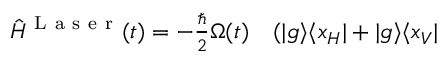
\begin{array} { r l } { \hat { H } ^ { \mathrm { ~ L ~ a ~ s ~ e ~ r ~ } } ( t ) = - \frac { \hbar } { 2 } \Omega ( t ) } & { { } ( \vert g \rangle \langle x _ { H } \vert + \vert g \rangle \langle x _ { V } \vert } \end{array}